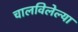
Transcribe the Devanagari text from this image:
चालविलेल्‍या